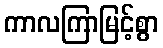
ကာလကြာမြင့်စွာ